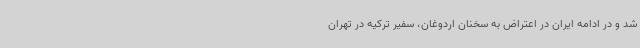
شد و در ادامه ایران در اعتراض به سخنان اردوغان، سفیر ترکیه در تهران